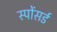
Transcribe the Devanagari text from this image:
स्पोंसर्ड